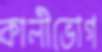
কালীভোগ